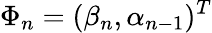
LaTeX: \Phi_{n}=(\mathbb{\beta}_{n},\mathbb{\alpha}_{n-1})^{T}